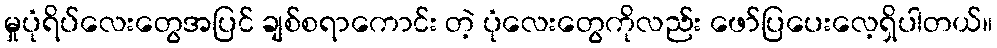
မှုပုံရိပ်လေးတွေအပြင် ချစ်စရာကောင်း တဲ့ ပုံလေးတွေကိုလည်း ဖော်ပြပေးလေ့ရှိပါတယ်။